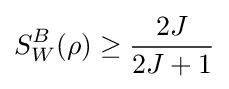
S_{W}^{B}(\rho )\geq {\frac {2J}{2J+1}}